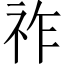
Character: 祚